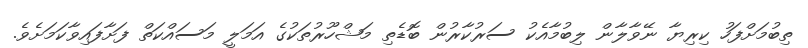
ތިބުމަށްފަހު ކިރިޔާ ނޭވާލާން ލިބުމާއެކު ސަރުކާރުން ބޮޑެތި މަޝްހޫރުތަކުގެ އަމަލީ މަސައްކަތް ފަށާފައިވާކަމަށެވެ.